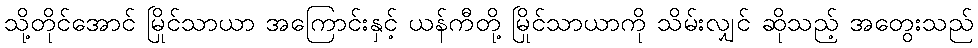
သို့တိုင်အောင် မြိုင်သာယာ အကြောင်းနှင့် ယန်ကီတို့ မြိုင်သာယာကို သိမ်းလျှင် ဆိုသည့် အတွေးသည်